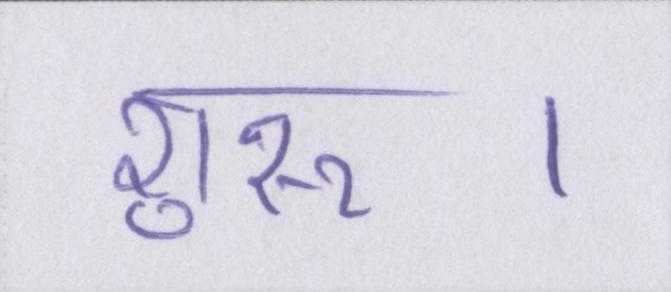
शुरू।